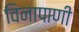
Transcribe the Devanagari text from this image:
विनापाणी